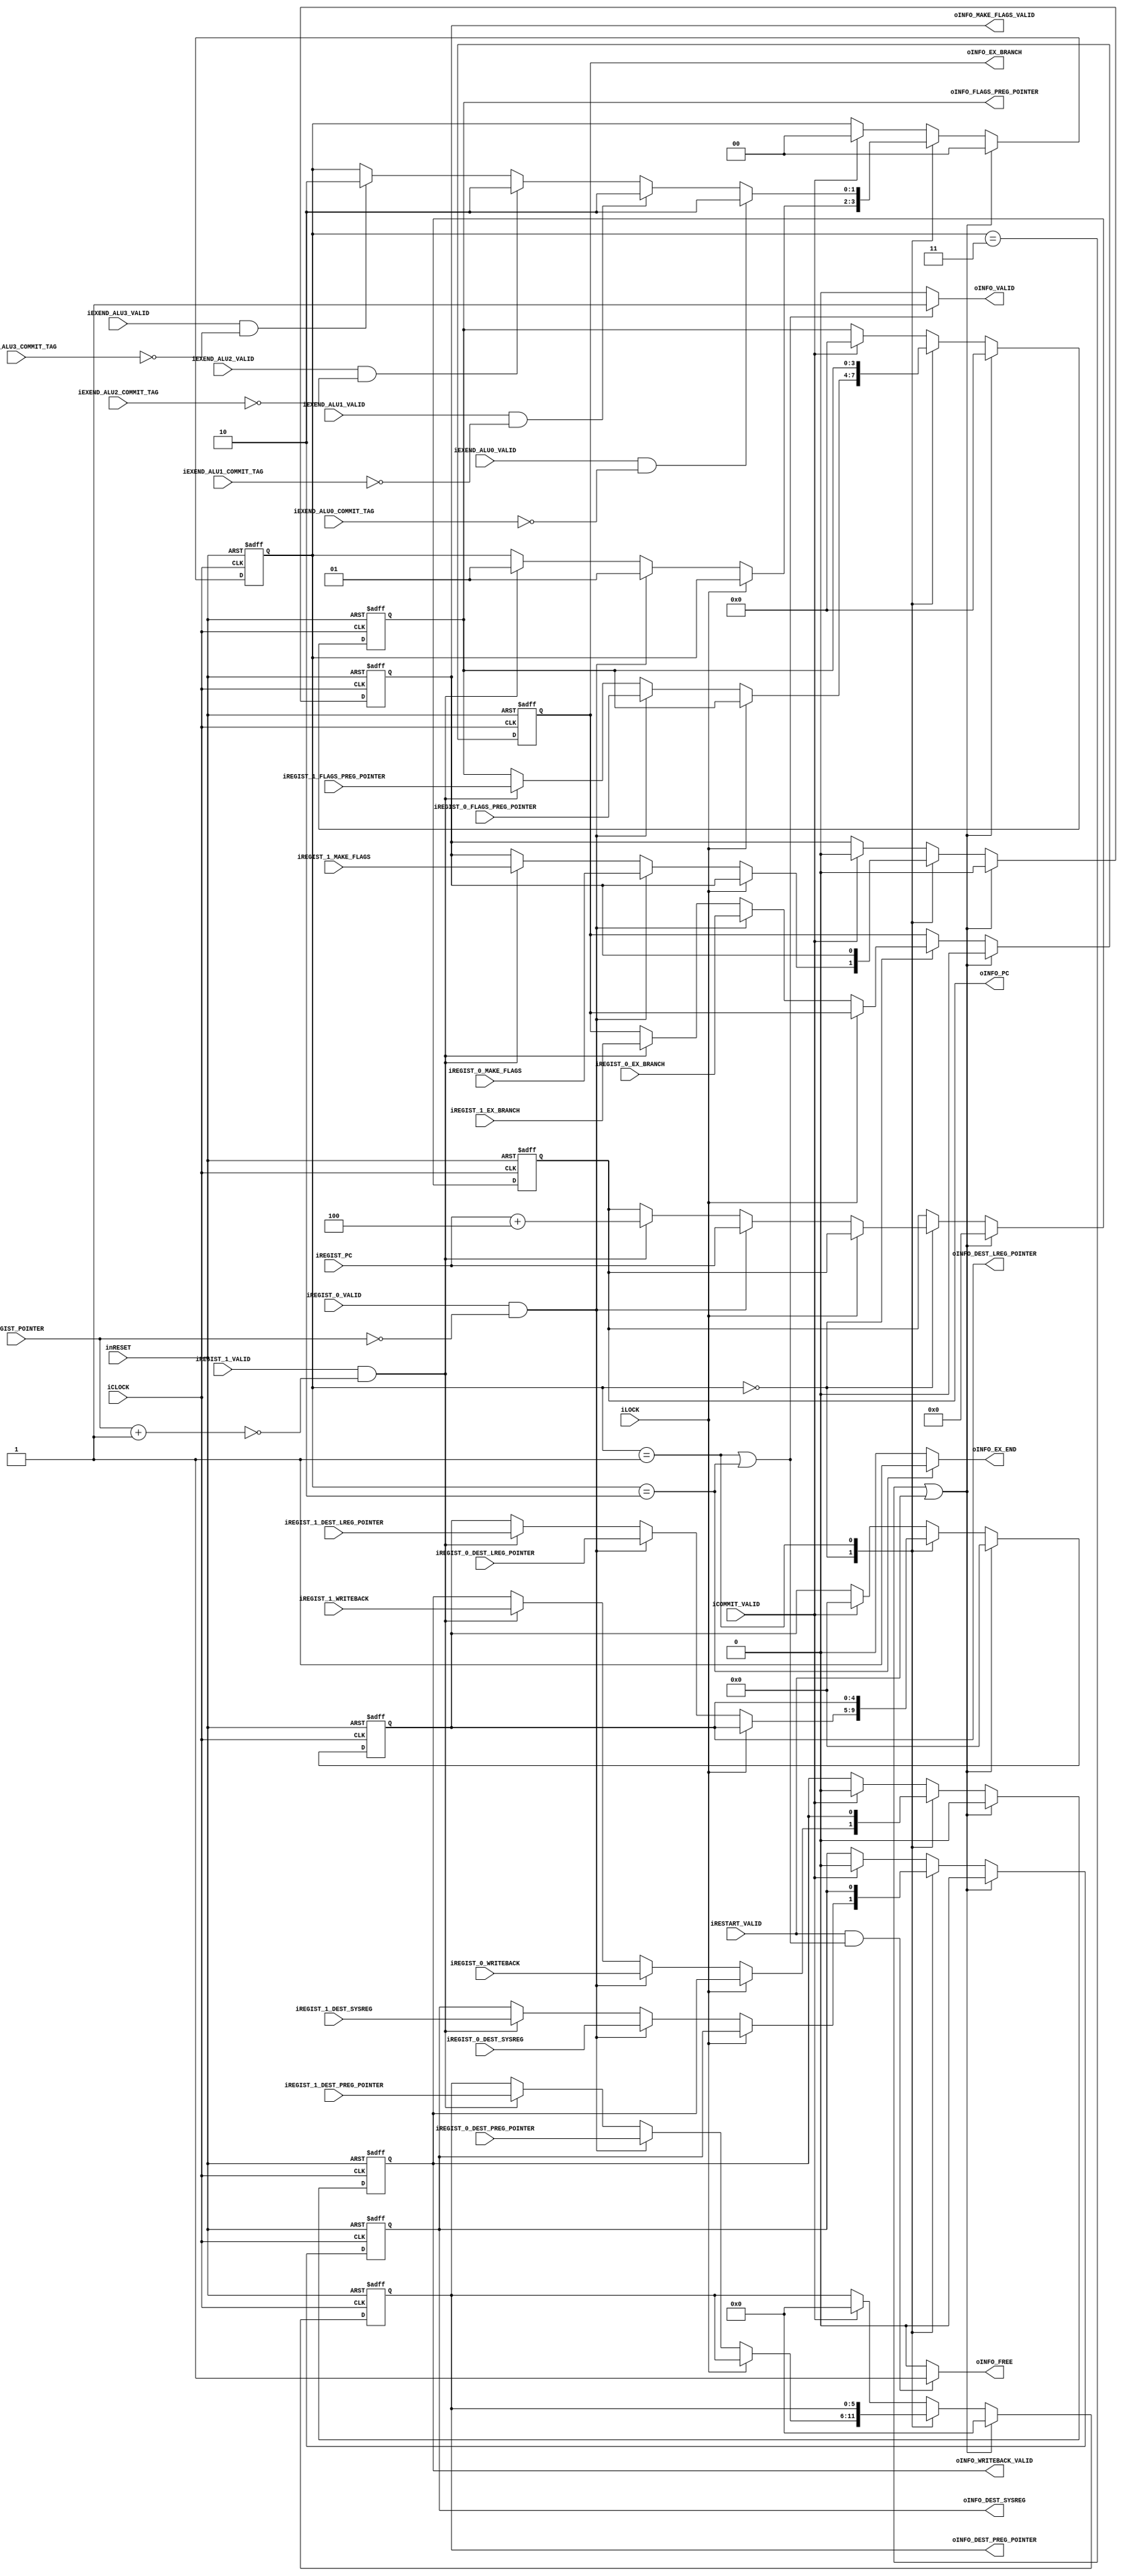
module scheduler1_commit_entry #(
		parameter ENTRY_ID = 6'h00
	)(
		//System
		input wire iCLOCK,
		input wire inRESET,	
		//LOCK
		input wire iLOCK,
		//Exception
		input wire iRESTART_VALID,
		//Regist
		input wire [5:0] iREGIST_POINTER,
		input wire iREGIST_0_VALID,
		input wire iREGIST_0_MAKE_FLAGS,		
		input wire iREGIST_0_WRITEBACK,	
		input wire [3:0] iREGIST_0_FLAGS_PREG_POINTER,	
		input wire [5:0] iREGIST_0_DEST_PREG_POINTER,
		input wire [4:0] iREGIST_0_DEST_LREG_POINTER,	
		input wire iREGIST_0_DEST_SYSREG,			
		input wire iREGIST_0_EX_BRANCH,
		input wire iREGIST_1_VALID,
		input wire iREGIST_1_MAKE_FLAGS,			
		input wire iREGIST_1_WRITEBACK,			
		input wire [3:0] iREGIST_1_FLAGS_PREG_POINTER,	
		input wire [5:0] iREGIST_1_DEST_PREG_POINTER,
		input wire [4:0] iREGIST_1_DEST_LREG_POINTER,	
		input wire iREGIST_1_DEST_SYSREG,			
		input wire iREGIST_1_EX_BRANCH,
		input wire [31:0] iREGIST_PC,
		//Commit Pointer
		input wire iCOMMIT_VALID,
		//EX-END
		input wire iEXEND_ALU0_VALID,
		input wire [5:0] iEXEND_ALU0_COMMIT_TAG,
		input wire iEXEND_ALU1_VALID,
		input wire [5:0] iEXEND_ALU1_COMMIT_TAG,
		input wire iEXEND_ALU2_VALID,
		input wire [5:0] iEXEND_ALU2_COMMIT_TAG,
		input wire iEXEND_ALU3_VALID,
		input wire [5:0] iEXEND_ALU3_COMMIT_TAG,
		//Infomation
		output wire oINFO_VALID,
		output wire oINFO_MAKE_FLAGS_VALID,			
		output wire oINFO_WRITEBACK_VALID,	
		output wire [31:0] oINFO_PC,
		output wire [3:0] oINFO_FLAGS_PREG_POINTER,	
		output wire [5:0] oINFO_DEST_PREG_POINTER,
		output wire [4:0] oINFO_DEST_LREG_POINTER,	
		output wire oINFO_DEST_SYSREG,			
		output wire oINFO_EX_BRANCH,
		output wire oINFO_EX_END,
		output wire oINFO_FREE
	);
	
	
	/****************************************
	Previous <-> This
	****************************************/
	/*List Format
	PC, EX_END(LDST_END) 
	*/
	reg [1:0] b_state;
	reg [31:0] b_pc;
	reg b_make_flags_validl;
	reg b_writeback;
	reg [3:0] b_flags_preg_pointer;
	reg [5:0] b_destination_regname;
	reg [4:0] b_logic_destination;
	reg b_dest_sysreg;
	reg b_ex_branch;
	
	wire [5:0] w_regist_pointer0;
	wire [5:0] w_regist_pointer1;
	
	assign w_regist_pointer0 = iREGIST_POINTER;
	assign w_regist_pointer1 = iREGIST_POINTER + 6'h1;
	
	always@(posedge iCLOCK or negedge inRESET)begin
		if(!inRESET)begin
			b_state <= 2'h0;
			b_pc <= {32{1'b0}};
			b_make_flags_validl <= 1'b0;
			b_writeback <= 1'b0;
			b_flags_preg_pointer <= 4'h0;
			b_destination_regname <= {6{1'b0}};
			b_logic_destination <= {5{1'b0}};
			b_dest_sysreg <= 1'b0;
			b_ex_branch <= 1'b0;
		end
		else if(b_state == 2'h3 || iRESTART_VALID)begin
			b_state <= 2'h0;
			b_pc <= {32{1'b0}};
			b_make_flags_validl <= 1'b0;
			b_writeback <= 1'b0;
			b_flags_preg_pointer <= 4'h0;
			b_destination_regname <= {6{1'b0}};
			b_logic_destination <= {5{1'b0}};
			b_dest_sysreg <= 1'b0;
			b_ex_branch <= 1'b0;
		end
		else begin
				case(b_state)
					2'h0 :			//Entry Regist Wait
						begin
							if(!iLOCK)begin
								if(iREGIST_0_VALID && ENTRY_ID[5:0] == w_regist_pointer0)begin
									b_state <= 2'h1;
									b_pc <= iREGIST_PC;
									b_make_flags_validl <= iREGIST_0_MAKE_FLAGS;
									b_writeback <= iREGIST_0_WRITEBACK;
									b_flags_preg_pointer <= iREGIST_0_FLAGS_PREG_POINTER;
									b_destination_regname <= iREGIST_0_DEST_PREG_POINTER;
									b_logic_destination <= iREGIST_0_DEST_LREG_POINTER;
									b_dest_sysreg <= iREGIST_0_DEST_SYSREG;
									b_ex_branch <= iREGIST_0_EX_BRANCH;
								end
								else if(iREGIST_1_VALID && ENTRY_ID[5:0] == w_regist_pointer1)begin
									b_state <= 2'h1;
									b_pc <= iREGIST_PC + 32'h4;
									b_make_flags_validl <= iREGIST_1_MAKE_FLAGS;
									b_writeback <= iREGIST_1_WRITEBACK;
									b_flags_preg_pointer <= iREGIST_1_FLAGS_PREG_POINTER;
									b_destination_regname <= iREGIST_1_DEST_PREG_POINTER;
									b_logic_destination <= iREGIST_1_DEST_LREG_POINTER;
									b_dest_sysreg <= iREGIST_1_DEST_SYSREG;
									b_ex_branch <= iREGIST_1_EX_BRANCH;
								end
							end
						end
					2'h1 :			//Execution End Wait
						begin
							if(iEXEND_ALU0_VALID && iEXEND_ALU0_COMMIT_TAG == ENTRY_ID[5:0])begin
								b_state <= 2'h2;
							end
							else if(iEXEND_ALU1_VALID && iEXEND_ALU1_COMMIT_TAG == ENTRY_ID[5:0])begin	
								b_state <= 2'h2;
							end
							else if(iEXEND_ALU2_VALID && iEXEND_ALU2_COMMIT_TAG == ENTRY_ID[5:0])begin
								b_state <= 2'h2;
							end
							else if(iEXEND_ALU3_VALID && iEXEND_ALU3_COMMIT_TAG == ENTRY_ID[5:0])begin
								b_state <= 2'h2;
							end
						end
					default :
						begin
							if(iCOMMIT_VALID)begin
								b_state [1:0] <= 2'h0;
								//b_pc <= {32{1'b0}};
								b_make_flags_validl <= 1'b0;
								b_writeback <= 1'b0;
								b_flags_preg_pointer <= 4'h0;
								b_destination_regname <= {6{1'b0}};
								b_logic_destination <= {5{1'b0}};
								b_dest_sysreg <= 1'b0;
								b_ex_branch <= b_ex_branch;
							end
						end
				endcase
			//end
		end
	end //always
	
	assign oINFO_VALID = (b_state == 2'h1 || b_state == 2'h2)? 1'b1 : 1'b0;
	assign oINFO_MAKE_FLAGS_VALID = b_make_flags_validl;
	assign oINFO_WRITEBACK_VALID = b_writeback;
	assign oINFO_PC = b_pc;
	assign oINFO_FLAGS_PREG_POINTER = b_flags_preg_pointer;
	assign oINFO_DEST_PREG_POINTER = b_destination_regname;
	assign oINFO_DEST_LREG_POINTER = b_logic_destination;
	assign oINFO_DEST_SYSREG = b_dest_sysreg;
	assign oINFO_EX_BRANCH = b_ex_branch;
	assign oINFO_EX_END = (b_state == 2'h2)? 1'b1 : 1'b0; 
	assign oINFO_FREE = (iRESTART_VALID && ((b_state == 2'h1) || (b_state == 2'h2)))? 1'b1 : 1'b0;
	
	
endmodule